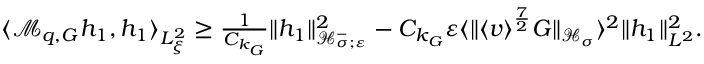
\begin{array} { r } { \langle \mathcal M _ { q , G } h _ { 1 } , h _ { 1 } \rangle _ { L _ { \xi } ^ { 2 } } \geq \frac { 1 } { C _ { k _ { G } } } \| h _ { 1 } \| _ { \mathcal H _ { \sigma ; \varepsilon } ^ { - } } ^ { 2 } - C _ { k _ { G } } \varepsilon \langle \| \langle v \rangle ^ { \frac { 7 } { 2 } } G \| _ { \mathcal H _ { \sigma } } \rangle ^ { 2 } \| h _ { 1 } \| _ { L ^ { 2 } } ^ { 2 } . } \end{array}